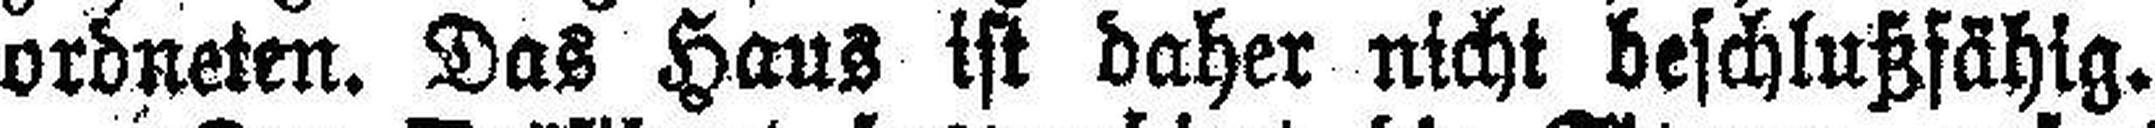
ordneten. Das Haus ist daher nicht beschlußfähig.